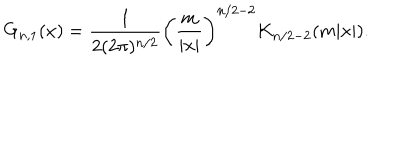
G _ { n , 1 } ( x ) = { \frac { 1 } { 2 ( 2 \pi ) ^ { n / 2 } } } \left( { \frac { m } { | x | } } \right) ^ { n / 2 - 2 } K _ { n / 2 - 2 } ( m | x | ) .